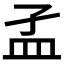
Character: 𥁂